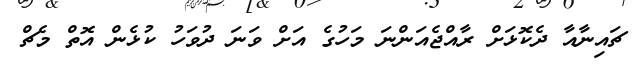
ޗައިނާއާ ދެކޮޅަށް ރާއްޖެއަންނަ މަހުގެ އަށް ވަނަ ދުވަހު ކުޅެން އޮތް މެޗް